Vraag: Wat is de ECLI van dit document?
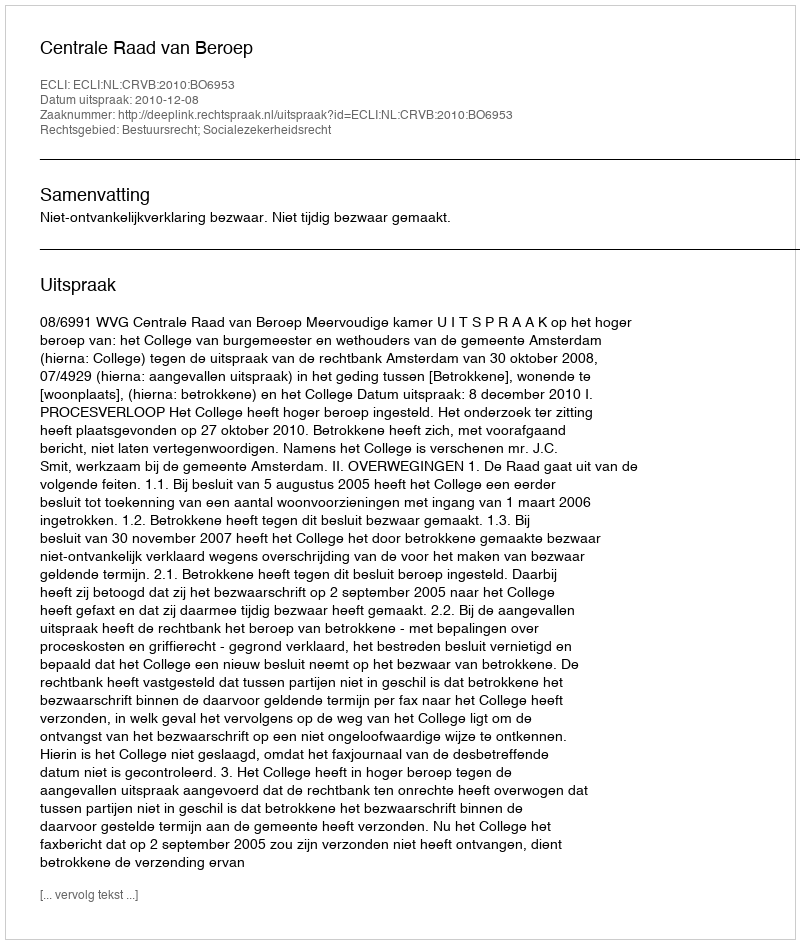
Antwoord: ECLI:NL:CRVB:2010:BO6953